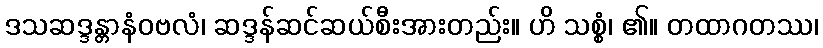
ဒသဆဒ္ဒန္တာနံဝဗလံ၊ ဆဒ္ဒန်ဆင်ဆယ်စီးအားတည်း။ ဟိ သစ္စံ၊ ၏။ တထာဂတဿ၊